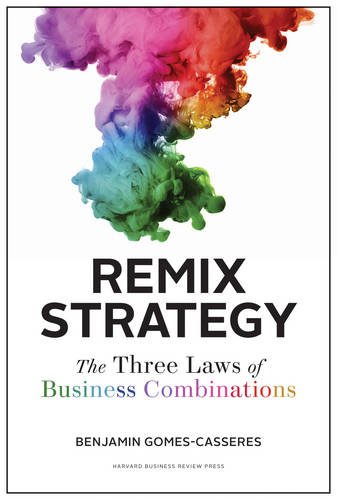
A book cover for Remix Strategy: The Three Laws of Business Combinations (Harvard Business School Press); Benjamin Gomes-Casseres; Business & Money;